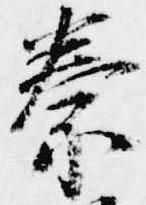
秦